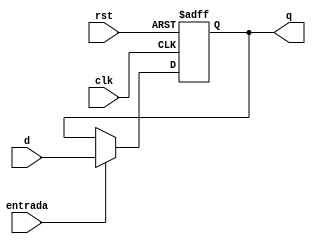
module registrador (rst, clk, entrada, d, q);

input clk, rst, entrada;
input [3:0] d;
output reg [3:0] q; 

always @ (posedge clk, posedge rst)
begin 
  if (rst)
    begin
     q <= 4'd0;
	 end
  else if (entrada)
    begin
     q <= d;
	 end 
end 

endmodule